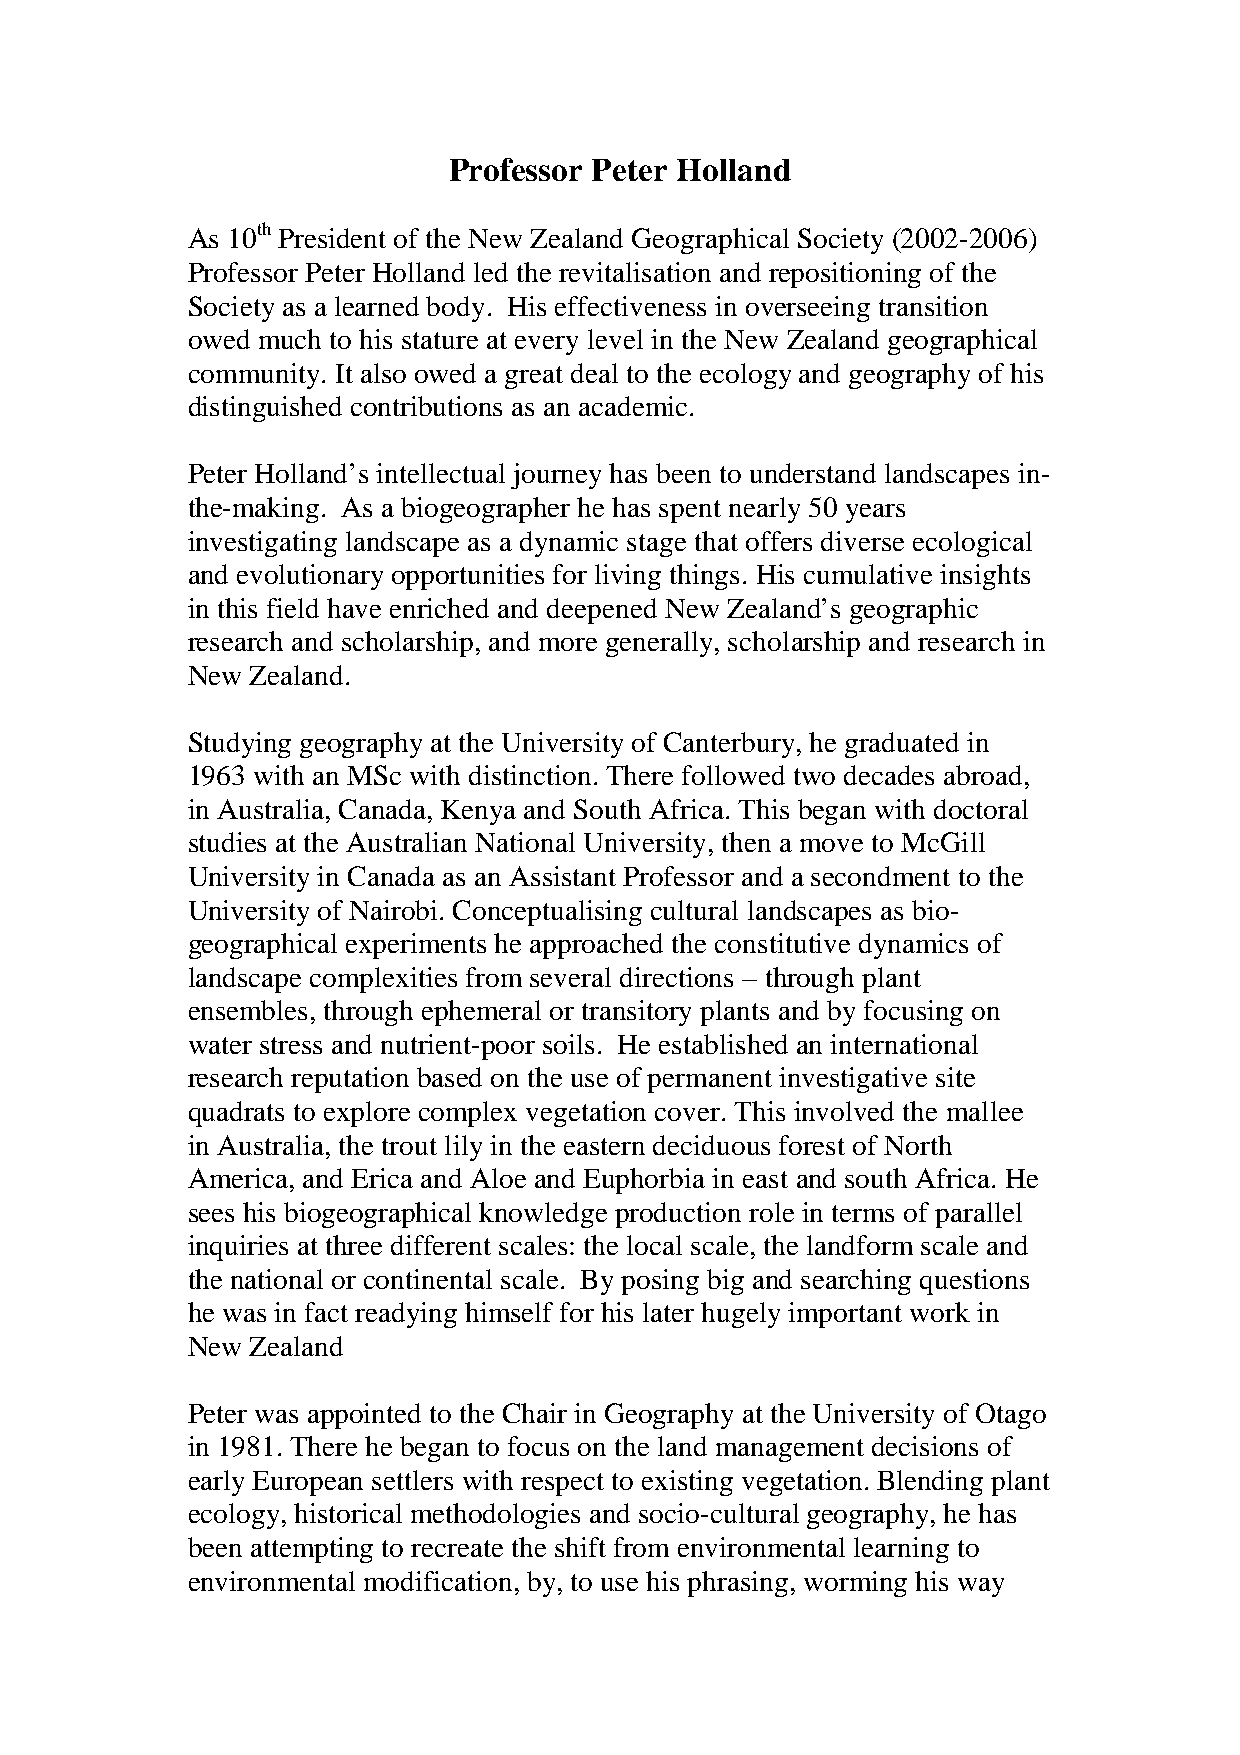
Professor Peter Holland
 As 10th President of the New Zealand Geographical Society (2002-2006)
 Professor Peter Holland led the revitalisation and repositioning of the
 Society as a learned body. His effectiveness in overseeing transition
 owed much to his stature at every level in the New Zealand geographical
 community. It also owed a great deal to the ecology and geography of his
 distinguished contributions as an academic.
 Peter Holland’s intellectual journey has been to understand landscapes in-
 the-making. As a biogeographer he has spent nearly 50 years
 investigating landscape as a dynamic stage that offers diverse ecological
 and evolutionary opportunities for living things. His cumulative insights
 in this field have enriched and deepened New Zealand’s geographic
 research and scholarship, and more generally, scholarship and research in
 New  Zealand.
 Studying geography at the University of Canterbury, he graduated in
 1963 with an MSc with distinction. There followed two decades abroad,
 in Australia, Canada, Kenya and South Africa. This began with doctoral
 studies at the Australian National University, then a move to McGill
 University in Canada as an Assistant Professor and a secondment to the
 University of Nairobi. Conceptualising cultural landscapes as bio-
 geographical experiments he approached the constitutive dynamics of
 landscape complexities from several directions – through plant
 ensembles, through ephemeral or transitory plants and by focusing on
 water stress and nutrient-poor soils. He established an international
 research reputation based on the use of permanent investigative site
 quadrats to explore complex vegetation cover. This involved the mallee
 in Australia, the trout lily in the eastern deciduous forest of North
 America, and Erica and Aloe and Euphorbia in east and south Africa. He
 sees his biogeographical knowledge production role in terms of parallel
 inquiries at three different scales: the local scale, the landform scale and
 the national or continental scale. By posing big and searching questions
 he was in fact readying himself for his later hugely important work in
 New  Zealand
 Peter was appointed to the Chair in Geography at the University of Otago
 in 1981. There he began to focus on the land management decisions of
 early European settlers with respect to existing vegetation. Blending plant
 ecology, historical methodologies and socio-cultural geography, he has
 been attempting to recreate the shift from environmental learning to
 environmental modification, by, to use his phrasing, worming his way